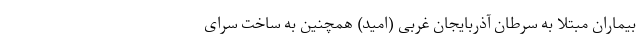
بیماران مبتلا به سرطان آذربایجان غربی (امید) همچنین به ساخت سرای